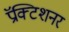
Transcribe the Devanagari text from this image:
प्रॅक्टिशनर